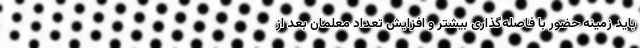
باید زمینه حضور با فاصله‌گذاری بیشتر و افزایش تعداد معلمان بعد از